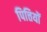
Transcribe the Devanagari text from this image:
पित्तियों